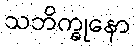
သဘိက္ခုနော